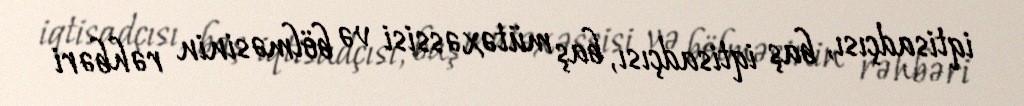
iqtisadçısı, baş iqtisadçısı, baş mütəxəssisi və bölməsinin rəhbəri